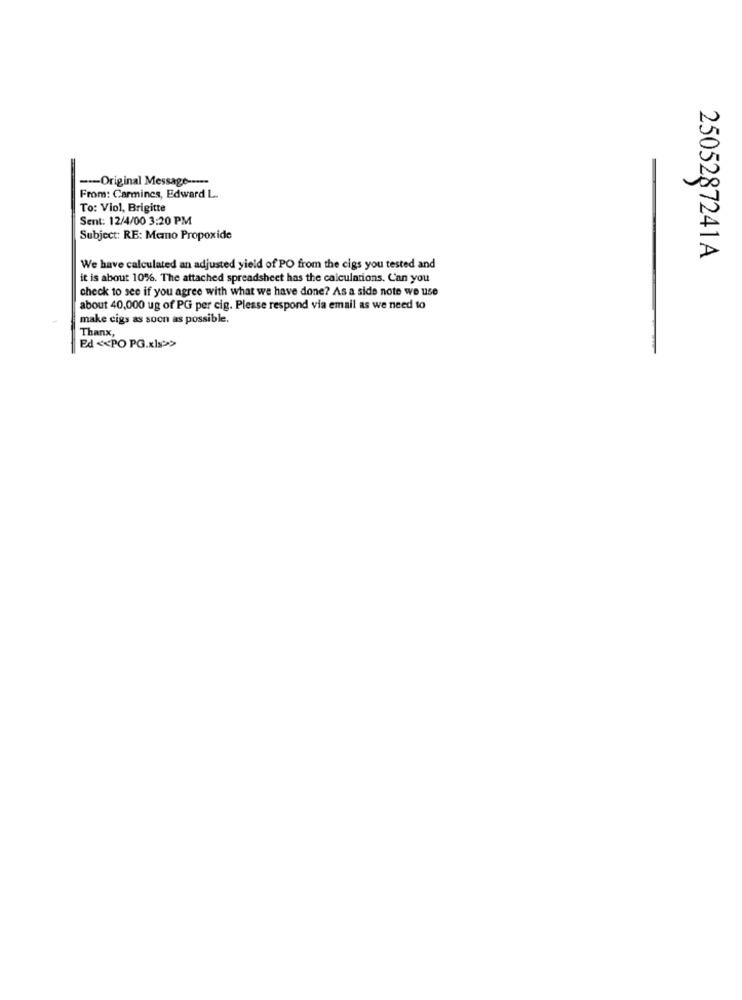
-- Original Message -----
From: Carmines, Edward L.
To: Viol, Brigitte
Sent: 12/4/00 3:20 PM
Subject: RE: Memo Propoxide
2505287241A
We have calculated an adjusted yield of PO from the cigs you tested and
it is about 10%. The attached spreadsheet has the calculations. Can you
check to see if you agree with what we have done? As a side note we use
about 40,000 ug of PG per cig. Please respond via email as we need to
make cigs as soon as possible.
Thanx,
Ed << PO PG.xls>>